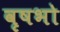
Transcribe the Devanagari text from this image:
वृषभो